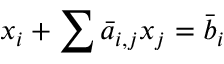
x _ { i } + \sum { \bar { a } } _ { i , j } x _ { j } = { \bar { b } } _ { i }